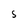
Character: s